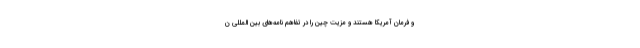
و فرمان آمریکا هستند و مزیت چین را در تفاهم نامه‌های بین المللی ن